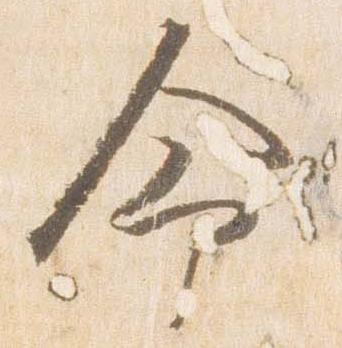
命